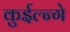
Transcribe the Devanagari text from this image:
कुईल्न्गे